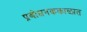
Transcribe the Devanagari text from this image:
प्रबोधनककाळात